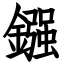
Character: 鏹